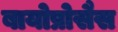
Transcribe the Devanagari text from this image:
बायोप्रोसैस